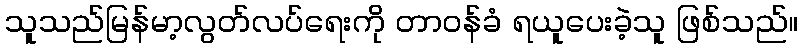
သူသည်မြန်မာ့လွတ်လပ်ရေးကို တာဝန်ခံ ရယူပေးခဲ့သူ ဖြစ်သည်။